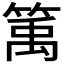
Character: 𥯔